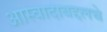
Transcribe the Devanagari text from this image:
आस्वादाबद्दलचे